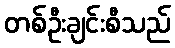
တစ်ဦးချင်းစီသည်